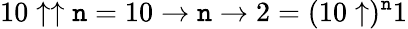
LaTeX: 10\uparrow\uparrow\mathtt{n}=10\to\mathtt{n}\to2=(10\uparrow)^{\mathtt{n}}1